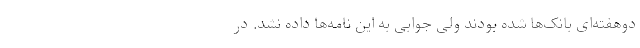
دوهفته‌ای بانک‌ها شده بودند ولی جوابی به این نامه‌ها داده نشد. در